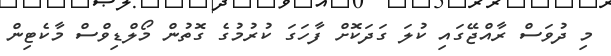
މި ދުވަސް ރާއްޖޭގައި ކުލަ ގަދަކޮށް ފާހަގަ ކުރުމުގެ ގޮތުން މޯލްޑިވްސް މާކެޓިން